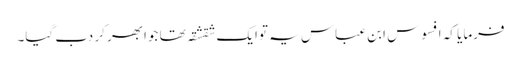
فرمایا کہ افسوس ابن عباس یہ توایک شقشقہ تھا جوابھر کر دب گیا۔